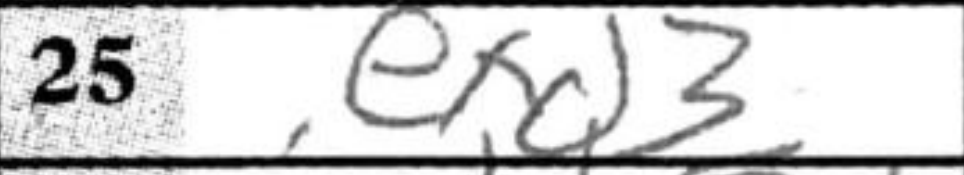
Transcription: exd3